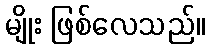
မျိုး ဖြစ်လေသည်။